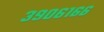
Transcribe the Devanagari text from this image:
३९०६१६६